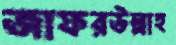
জাফরউল্লাহ